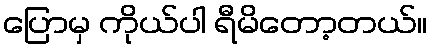
ပြောမှ ကိုယ်ပါ ရီမိတော့တယ်။